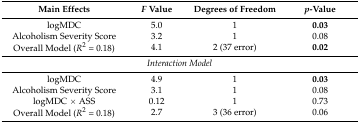
| Main Effects | F Value | Degrees of Freedom | p-Value |
 | --- | --- | --- | --- |
 | logMDC | 5.0 | 1 | 0.03 |
 | Alcoholism Severity Score | 3.2 | 1 | 0.08 |
 | Overall Model (R2 = 0.18) | 4.1 | 2 (37 error) | 0.02 |
 | <COLSPAN=4> Interaction Model |
 | logMDC | 4.9 | 1 | 0.03 |
 | Alcoholism Severity Score | 3.1 | 1 | 0.08 |
 | logMDC × ASS | 0.12 | 1 | 0.73 |
 | Overall Model (R2 = 0.18) | 2.7 | 3 (36 error) | 0.06 |